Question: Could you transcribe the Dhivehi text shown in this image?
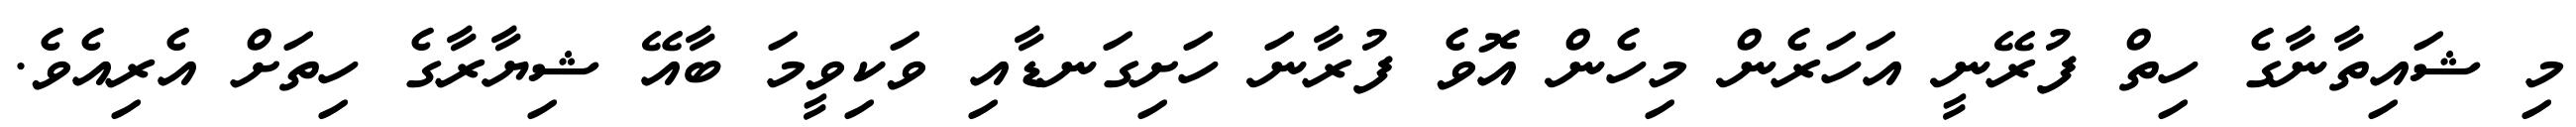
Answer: މި ޝައިތާނާގެ ހިތް ފުރޭނީ އަހަރެން މިހެން އޮވެ ފުރާނަ ހަށިގަނޑާއި ވަކިވީމަ ބާއޭ ޝިޔާރާގެ ހިތަށް އެރިއެވެ.